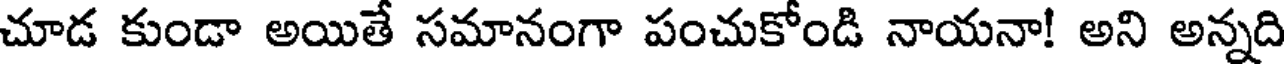
చూడ కుండా అయితే సమానంగా పంచుకోండి నాయనా! అని అన్నది